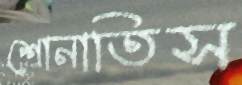
শোনাতিস